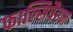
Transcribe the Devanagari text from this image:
फाल्सिपैरम